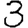
Digit: 3